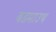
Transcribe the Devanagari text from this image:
बडमाउथ